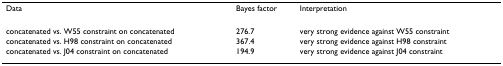
<table><thead><tr><td><b>Data</b></td><td><b>Bayes factor</b></td><td><b>Interpretation</b></td></tr></thead><tbody><tr><td>concatenated vs. W55 constraint on concatenated</td><td>276.7</td><td>very strong evidence against W55 constraint</td></tr><tr><td>concatenated vs. H98 constraint on concatenated</td><td>367.4</td><td>very strong evidence against H98 constraint</td></tr><tr><td>concatenated vs. J04 constraint on concatenated</td><td>194.9</td><td>very strong evidence against J04 constraint</td></tr></tbody></table>